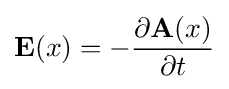
\mathbf {E} (x)=-{\partial \mathbf {A} (x) \over \partial t}